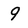
Character: 9